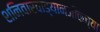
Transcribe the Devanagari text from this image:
शनिवारवाड्यानजीकच्या